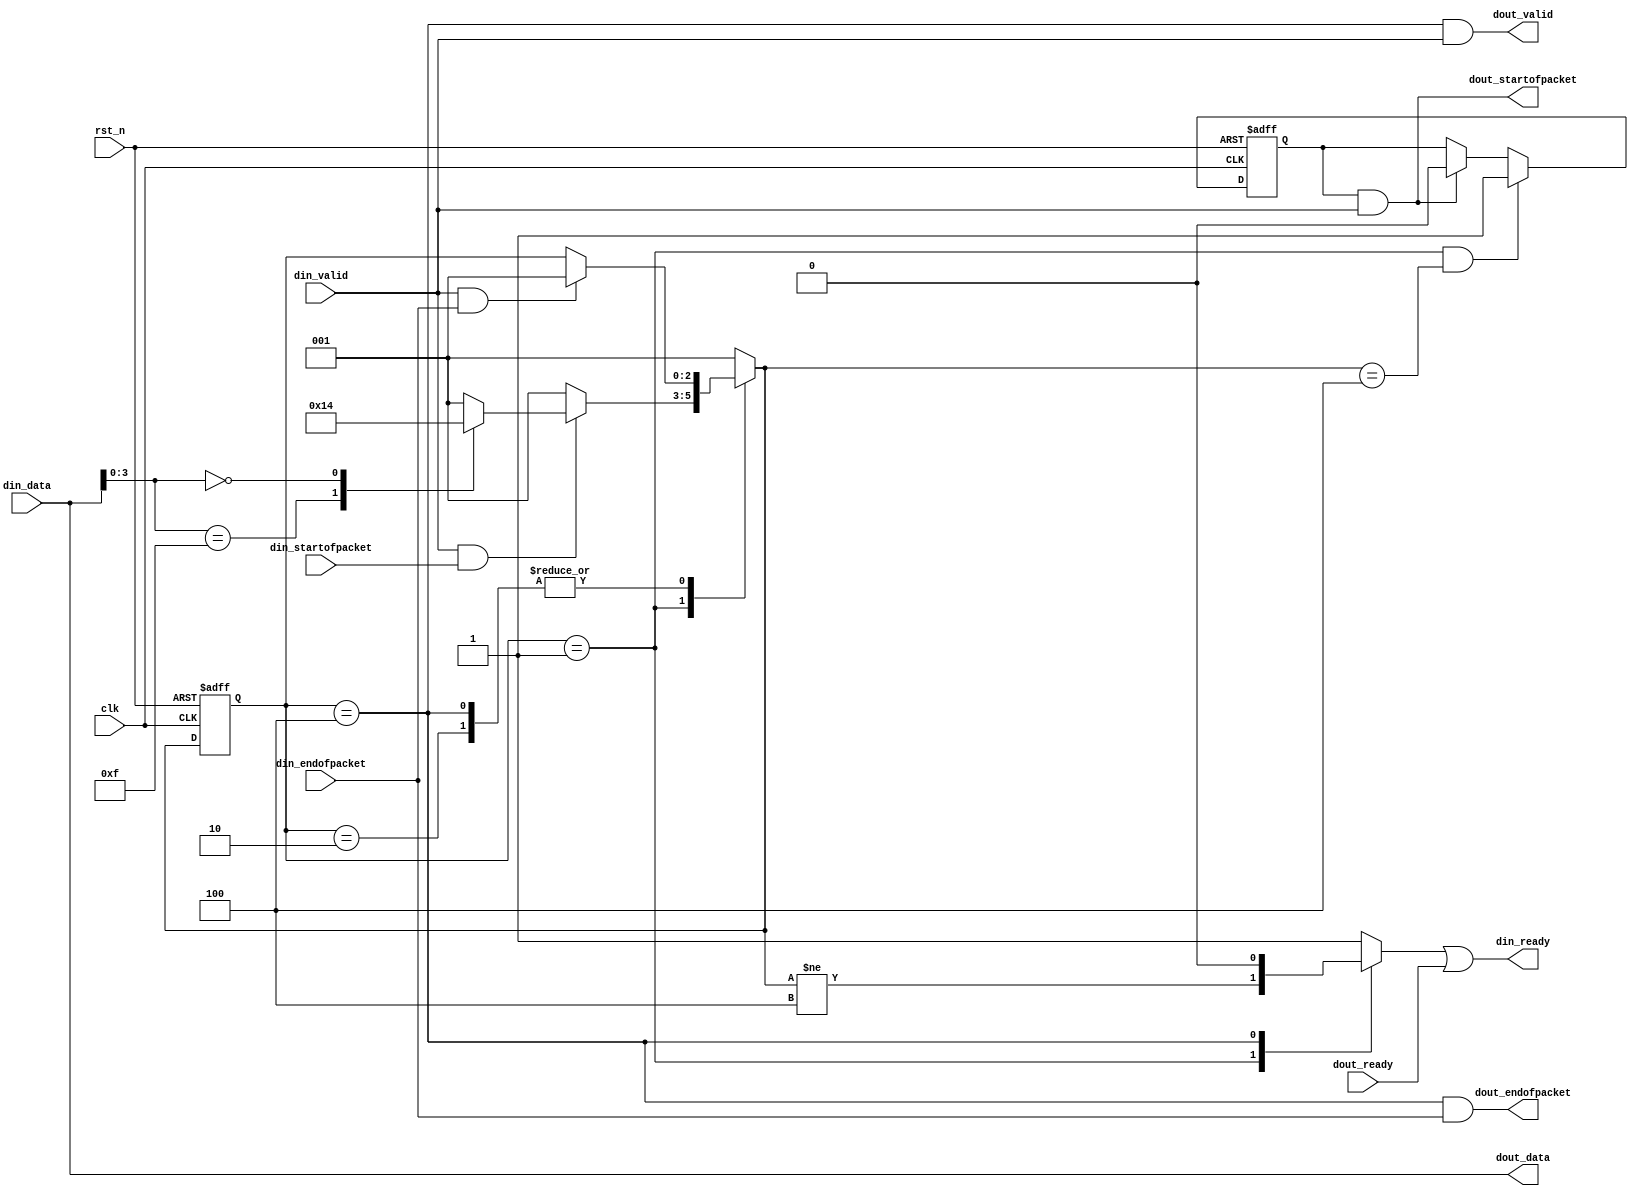
module vrbridge_top(
	clk,rst_n,
	din_data,din_valid,din_ready,
	din_startofpacket,din_endofpacket,

`ifdef AVALON_MM
	av_clk,av_rst_n,
	av_address,av_read,av_write,
	av_readdata,av_readdatavalid,
	av_writedata,av_waitrequest,
`elsif EXPORT
	im_width,im_height,
	im_interlaced,
`endif
	
	dout_data,dout_valid,dout_ready,
	dout_startofpacket,dout_endofpacket
);

parameter						DATA_WIDTH		= 24;
parameter						COLOR_BITS		= 8;
parameter						COLOR_PLANES	= 3;

input								clk,rst_n;

input		[DATA_WIDTH-1:0]	din_data;
input								din_valid;
input								din_startofpacket,din_endofpacket;
output							din_ready;

output	[DATA_WIDTH-1:0]	dout_data;
output							dout_valid;
output							dout_startofpacket,dout_endofpacket;
input								dout_ready;

`ifdef AVALON_MM
input								av_clk,av_rst_n;
input		[2:0]					av_address;
input								av_read,av_write;
input		[31:0]				av_writedata;
output	reg	[31:0]		av_readdata;
output	reg					av_readdatavalid;
output							av_waitrequest;
reg								go;
`elsif EXPORT
output	[15:0]				im_width,im_height;
output	[3:0]					im_interlaced;
`endif

reg	[15:0]	im_width,im_height;
reg	[3:0]		im_interlaced;
reg				dout_startofpacket_reg;

reg	[2:0]		state,n_state;
reg	[3:0]		head_cnt;
reg 				din_ready_reg;
wire				global_rst_n;

localparam	IDLE = 3'b001;
localparam	HEAD = 3'b010;
localparam	DATA = 3'b100;

assign dout_data				= din_data;
assign dout_valid				= state==DATA && din_valid;
assign dout_startofpacket	= dout_startofpacket_reg & din_valid;
assign dout_endofpacket		= state==DATA && din_endofpacket;
assign din_ready				= din_ready_reg | dout_ready;

always @(state or n_state)
begin
	case(state)
	IDLE: din_ready_reg = n_state!=DATA;
	HEAD: din_ready_reg = 1'b1;
	DATA: din_ready_reg = 1'b0;
	default: din_ready_reg = 1'b1;
	endcase
end

always @(posedge clk or negedge global_rst_n)
begin
	if(!global_rst_n)
		state <= IDLE;
	else
		state <= n_state;
end

always @(state or din_valid or din_startofpacket or din_endofpacket or din_data[3:0])
begin
	case(state)
	IDLE:begin
		if(din_valid & din_startofpacket)
		begin
			case(din_data[3:0])
			4'hF:n_state = HEAD;
			3'h0:n_state = DATA;
			default:n_state = IDLE;
			endcase
		end
		else
			n_state = IDLE;
	end
	HEAD,DATA:n_state = (din_valid & din_endofpacket) ? IDLE : state;
	default:n_state = IDLE;
	endcase
end

always @(posedge clk or negedge global_rst_n)
begin
	if(!global_rst_n)
		dout_startofpacket_reg <= 1'b0;
	else if(state==IDLE && n_state==DATA)
		dout_startofpacket_reg <= 1'b1;
	else if(dout_startofpacket)
		dout_startofpacket_reg <= 1'b0;
end

always @(posedge clk or negedge global_rst_n)
begin
	if(!global_rst_n)
		head_cnt <= 4'd0;
	else if(state==HEAD)
		head_cnt <= din_valid ? head_cnt + 4'd1 : head_cnt;
	else
		head_cnt <= 4'd0;
end

always @(posedge clk or negedge global_rst_n)
begin
	if(!global_rst_n)
	begin
		im_width <= 16'd0;
		im_height <= 16'd0;
		im_interlaced <= 4'd0;
	end
	else if(state==HEAD && din_valid)
	begin
		case(COLOR_PLANES)
		1:begin
			case(head_cnt)
			4'd0:im_width[15:12] <= din_data[3:0];
			4'd1:im_width[11:8] <= din_data[3:0];
			4'd2:im_width[7:4] <= din_data[3:0];
			4'd3:im_width[3:0] <= din_data[3:0];
			4'd4:im_height[15:12] <= din_data[3:0];
			4'd5:im_height[11:8] <= din_data[3:0];
			4'd6:im_height[7:4] <= din_data[3:0];
			4'd7:im_height[3:0] <= din_data[3:0];
			4'd8:im_interlaced <= din_data[3:0];
			endcase
		end
		2:begin
			case(head_cnt)
			4'd0:im_width[15:8] <= {din_data[3:0],din_data[COLOR_BITS+3:COLOR_BITS]};
			4'd1:im_width[7:0] <= {din_data[3:0],din_data[COLOR_BITS+3:COLOR_BITS]};
			4'd2:im_height[15:8] <= {din_data[3:0],din_data[COLOR_BITS+3:COLOR_BITS]};
			4'd3:im_height[7:0] <= {din_data[3:0],din_data[COLOR_BITS+3:COLOR_BITS]};
			4'd4:im_interlaced <= din_data[3:0];
			endcase
		end
		3:begin
			case(head_cnt)
			4'd0:im_width[15:4] <= {din_data[3:0],din_data[COLOR_BITS+3:COLOR_BITS],din_data[COLOR_BITS*2+3:COLOR_BITS*2]};
			4'd1:{im_width[3:0],im_height[15:8]} <= {din_data[3:0],din_data[COLOR_BITS+3:COLOR_BITS],din_data[COLOR_BITS*2+3:COLOR_BITS*2]};
			4'd2:{im_height[7:0],im_interlaced} <= {din_data[3:0],din_data[COLOR_BITS+3:COLOR_BITS],din_data[COLOR_BITS*2+3:COLOR_BITS*2]};
			endcase
		end
		endcase
	end
end

`ifdef AVALON_MM
assign av_waitrequest = 1'b0;
assign global_rst_n = rst_n & go;

always @(posedge av_clk or negedge av_rst_n)
begin
	if(!av_rst_n)
		go <= 1'b1;
	else if(av_write && av_address==3'd0)
		go <= av_writedata[0];
end

always @(posedge av_clk or negedge av_rst_n)
begin
	if(!av_rst_n)
		av_readdatavalid <= 1'b0;
	else if(av_read)
		av_readdatavalid <= 1'b1;
	else
		av_readdatavalid <= 1'b0;
end

always @(posedge av_clk or negedge av_rst_n)
begin
	if(!av_rst_n)
		av_readdata <= 32'd0;
	else if(av_read)
	begin
		case(av_address)
		3'd0:av_readdata <= {31'd0,go};
		3'd3:av_readdata <= {16'd0,im_width};
		3'd4:av_readdata <= {16'd0,im_height};
		3'd5:av_readdata <= {28'd0,im_interlaced};
		default:av_readdata <= 32'd0;
		endcase
	end
end
`else
assign global_rst_n = rst_n;
`endif

endmodule